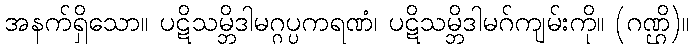
အနက်ရှိသော။ ပဋိသမ္ဘိဒါမဂ္ဂပ္ပကရဏံ၊ ပဋိသမ္ဘိဒါမဂ်ကျမ်းကို။ (ဂဏ္ဌိ)။